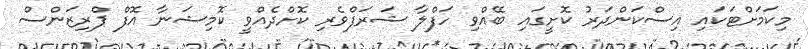
މިކަމަށްޓަކައި އިސްކަންދަރު ކޮށީގައި ބޭއްވި ހަފްލާ ޝަރަފްވެރި ކޮށްދެއްވީ ކޮމިޝަނާ އޮފް ޕްރިޒަންސް